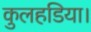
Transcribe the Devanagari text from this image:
कुलहडिया।